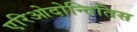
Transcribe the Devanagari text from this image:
एरिओदोन्तितिस